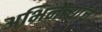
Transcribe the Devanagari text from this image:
अभिनेत्या्चे